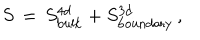
S \, = \, S _ { \mathrm { b u l k } } ^ { \mathrm { 4 d } } + S _ { \mathrm { b o u n d a r y } } ^ { \mathrm { 3 d } } \, ,